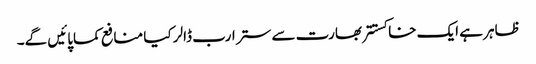
ظاہر ہے ایک خاکستتر بھارت سے ستر ارب ڈالر کیا منافع کماپائیں گے۔